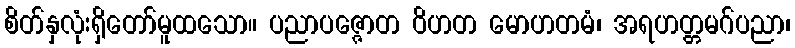
စိတ်နှလုံးရှိတော်မူထသော။ ပညာပဇ္ဇောတ ဝိဟတ မောဟတမံ၊ အရဟတ္တမဂ်ပညာ၊